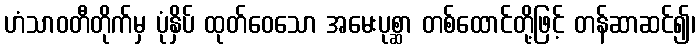
ဟံသာဝတီတိုက်မှ ပုံနှိပ် ထုတ်ဝေသော အမေးပုစ္ဆာ တစ်ထောင်တို့ဖြင့် တန်ဆာဆင်၍၊